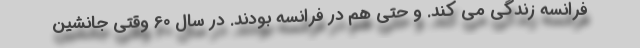
فرانسه زندگی می کند. و حتی هم در فرانسه بودند. در سال 60 وقتی جانشین